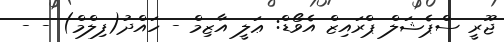
ޖޫރީ ސްޕެޝަލް ޕްރައިޒް އެވޯޑް: ޢަލީ އާޒިމް - ހައްދު(ފިލްމް) - -